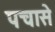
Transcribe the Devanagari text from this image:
पचासे